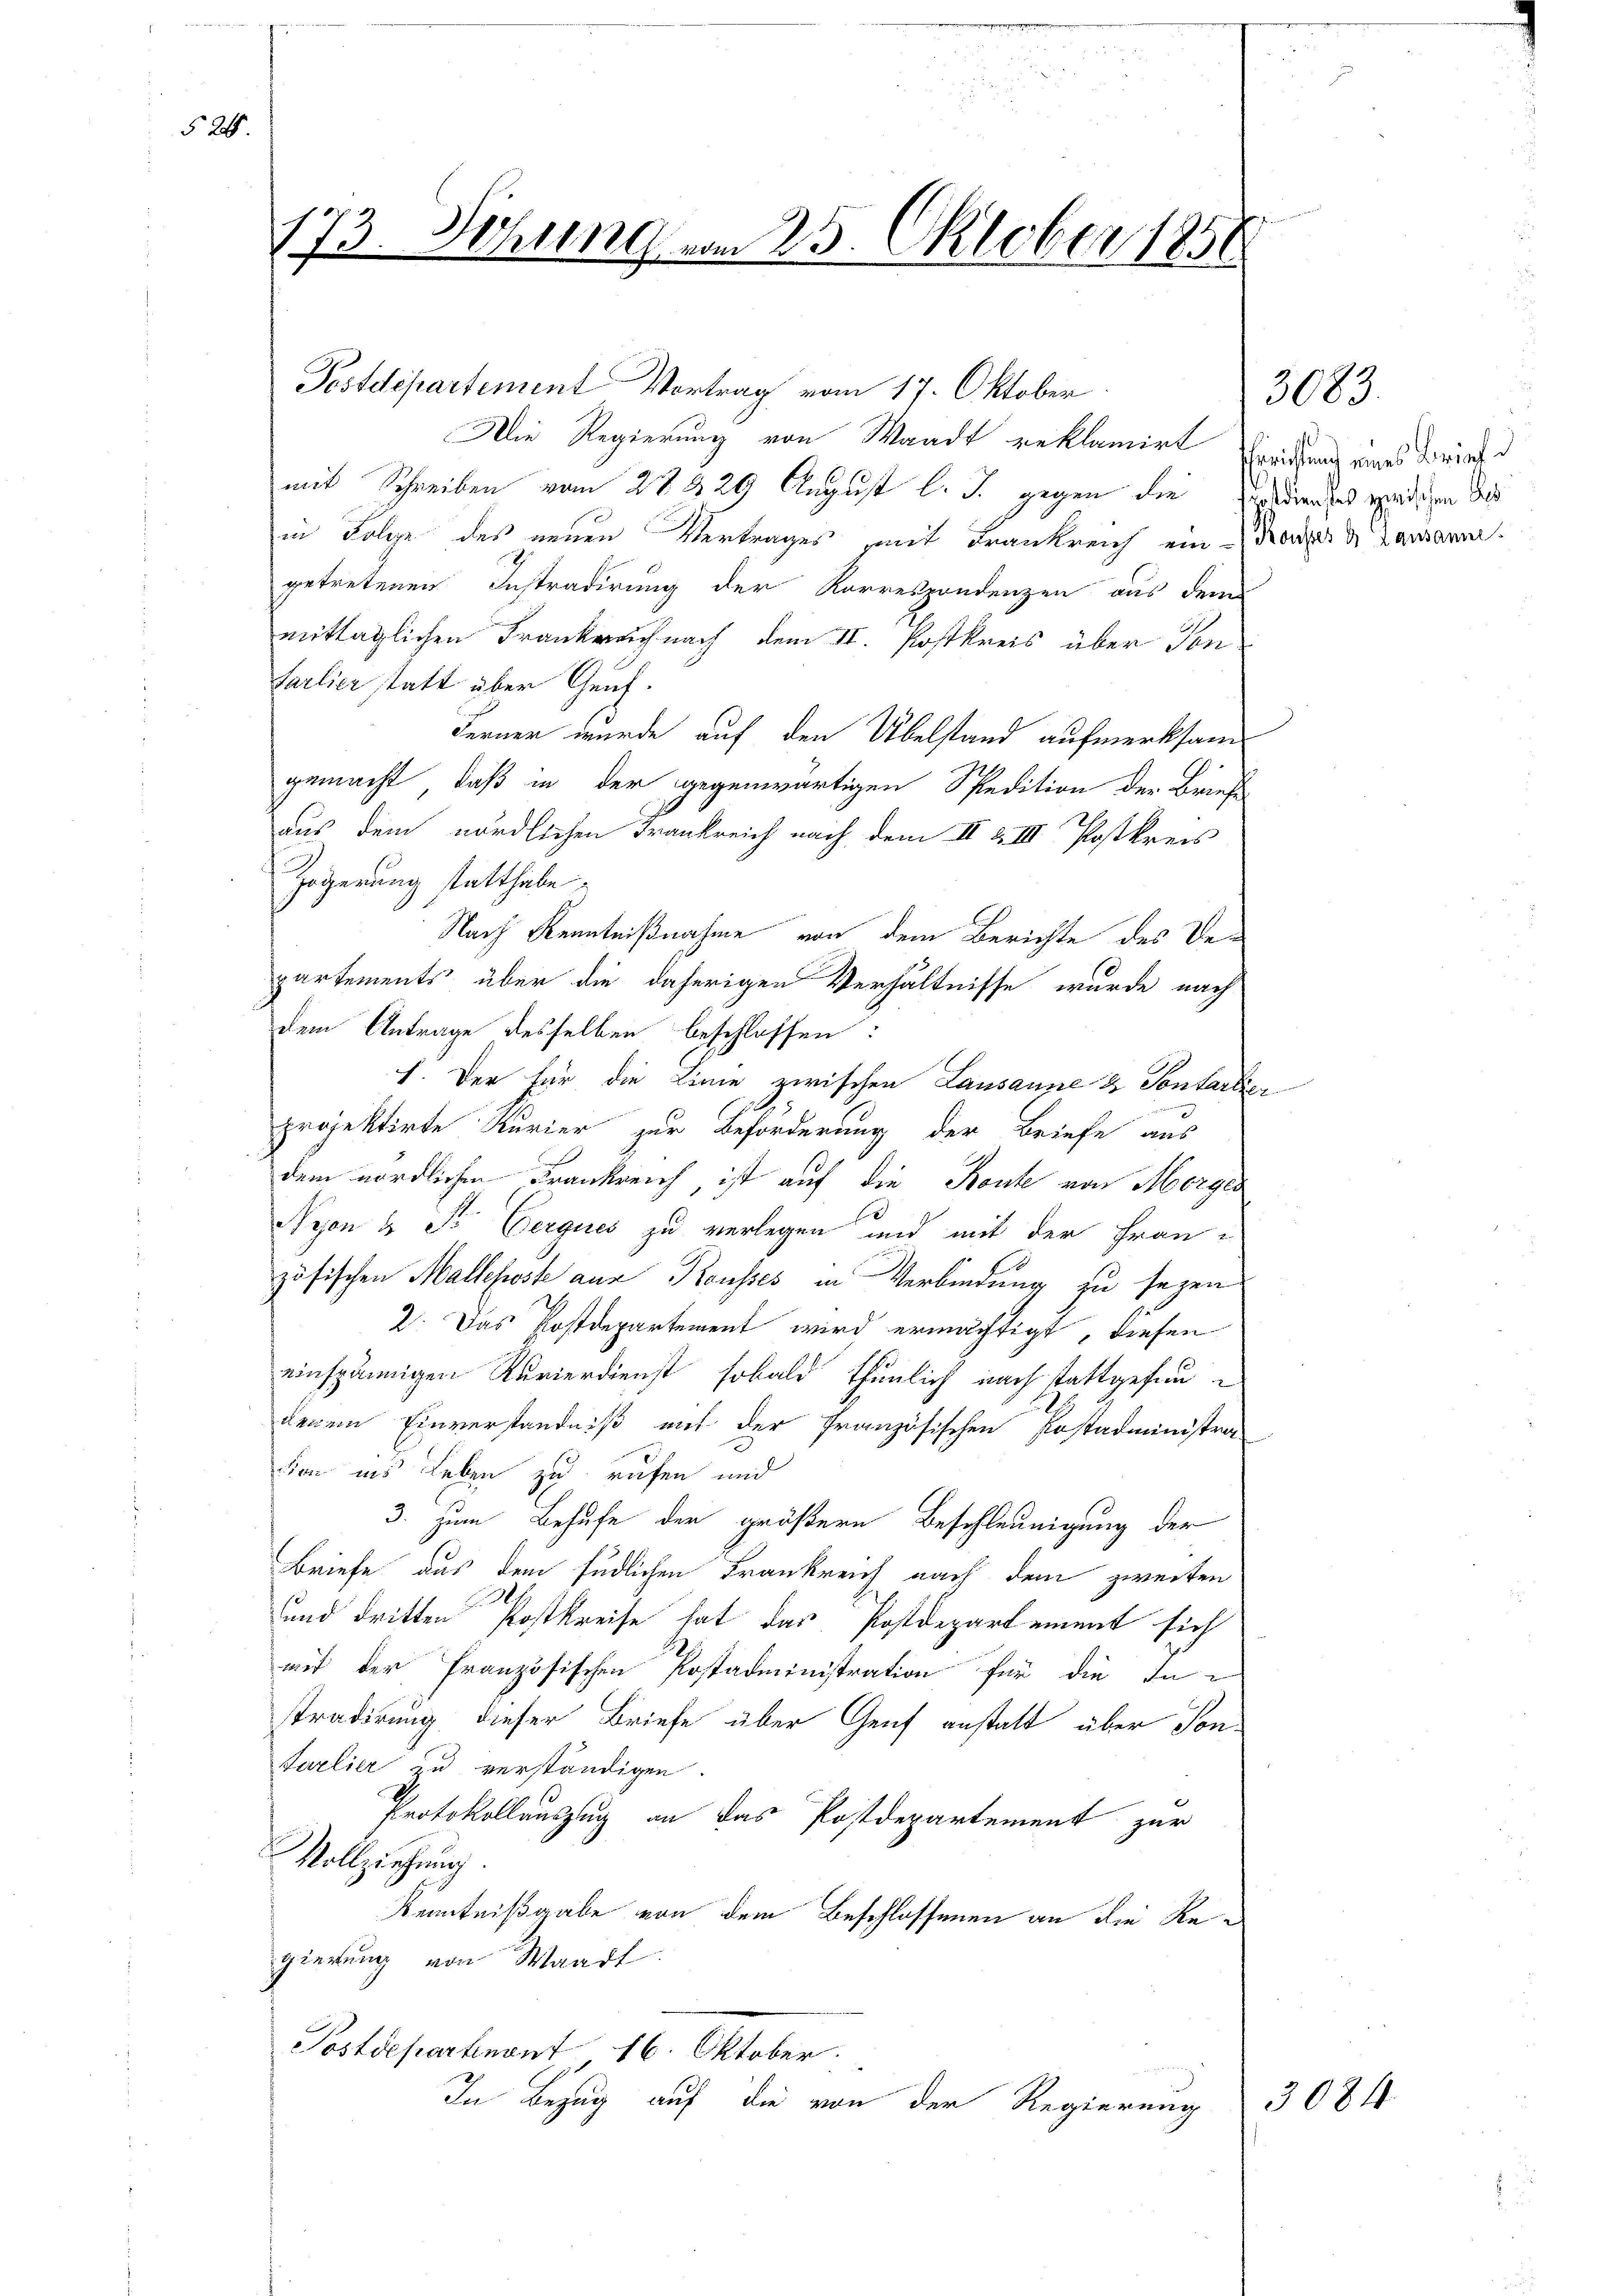
n
2
173. Sing vom 23. October 1850

520.

Postdepartement Vortrag vom 17. Oktober.
Die Regierung von Waadt reklamirt Exeidung eines Brief d
mit Schreiben vom 28. 329 August l. J. gegen die Zeumund wendigen dies
in Folge des neuen Vertrages mit Frankreich ein Konzer Lamann.
getretenen Instradirung der Korrespondenzen aus dem
mittäglichen Frankreich nach dem II. Postkreis über Tonfarlier statt über Genf.
Ferner wurde auf den Übelstand aufmerksam
gemacht, daß in der gegenwärtigen Spedition der Briefe
aus dem nördlichen Frankreich nach dem II & III Postkreis
Zögerung statthabe.
Nach Kenntnißnahme von dem Berichte des Verpartements über die daherigen Verhältnisse wurde nach
dem Antrage desselben beschlossen:
I. Der für die Linie zwischen Lausanne & Sontartige
projektirte Kurier zur Beförderung der Briefe aus
s
dem nördlichen Frankreich, ist auf die Konte von Morges
.
Nejon & Tr Eerques zu verlegen und mit der Französischen Mallefoste aus Kausses in Verbindung zu sezen
2. Das Postdepartement wird ermächtigt, diesen
einspännigen Kurierdienst sobald thunlich nach stattgefundenen Einverständniß mit der französischen Postadministra-
tion ins Leben zu rufen und
3. Zum Behufe der größern Beschleunigung der
Briefe aus dem südlichen Frankreich nach dem zweiten
und dritten Postkreise hat das Postdepartement sich
mit der französischen Postadministration für die In-
stradirung dieser Briefe über Genf anstatt über Son¬
Sarlier zu verständigen.
Protokollauszug an das Postdepartement zur
Vollziehung
Kenntnißgabe von dem Beschlossenen an die Regierung von Waadt.
Postdepartenant 16. Oktober.
In Bezug auf die von der Regierung

3083.

3084